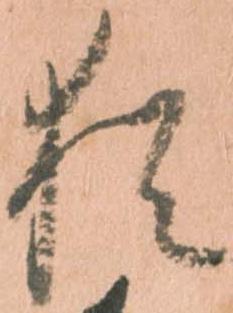
猶